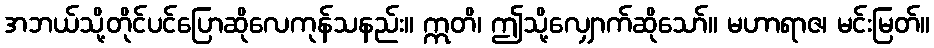
အဘယ်သို့တိုင်ပင်ပြောဆိုလေကုန်သနည်း။ ဣတိ၊ ဤသို့လျှောက်ဆိုသော်။ မဟာရာဇ၊ မင်းမြတ်။